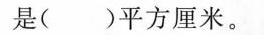
是()平方厘米。